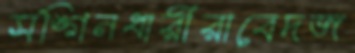
সঙ্গিনধারীরাবেদজ